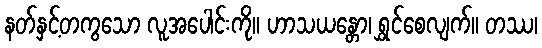
နတ်နှင့်တကွသော လူအပေါင်းကို။ ဟာသယန္တော၊ ရွှင်စေလျက်။ တဿ၊